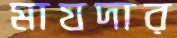
মাযদার